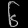
Digit: ၆